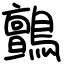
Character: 鸇